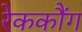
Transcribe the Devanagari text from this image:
रेककौंग